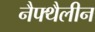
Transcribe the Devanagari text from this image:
नैफ्थैलीन